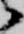
候